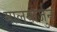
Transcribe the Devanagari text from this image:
मालयार्जुन